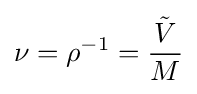
\nu =\rho ^{-1}={\frac {\tilde {V}}{M}}